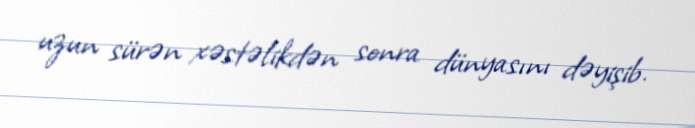
uzun sürən xəstəlikdən sonra dünyasını dəyişib.